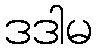
ဒဒါမ